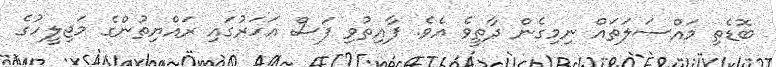
ބޮޑެތި މައްސަލަތައް ނިމިގެން ދާތީވެ އެވެ. ފާއިތުވި ފަސް އަހަރުގައި ރައްޔިތުންގެ މަޖިލީހުގެ